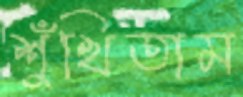
শুঁখিতাম